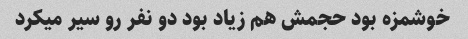
خوشمزه بود حجمش هم زیاد بود دو نفر رو سیر میکرد